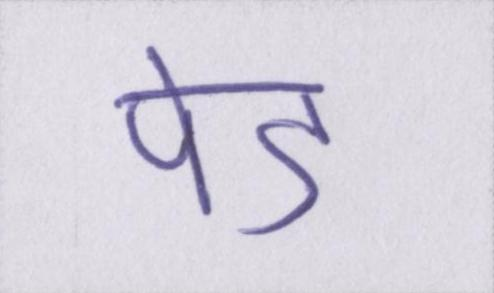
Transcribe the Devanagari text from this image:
पेड